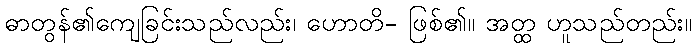
ဓာတွန်၏ကျေခြင်းသည်လည်း၊ ဟောတိ- ဖြစ်၏။ အတ္ထ ဟူသည်တည်း။